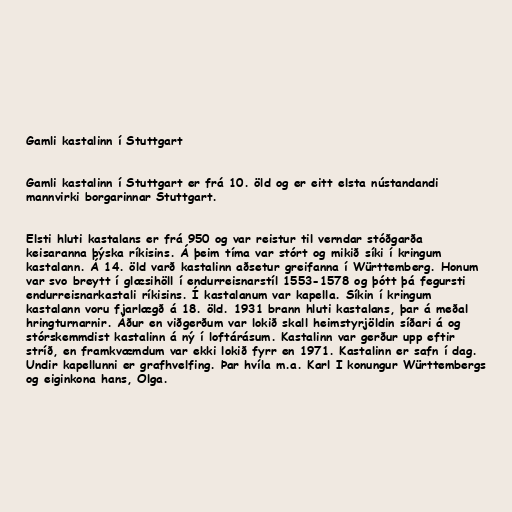
Gamli kastalinn í Stuttgart

Gamli kastalinn í Stuttgart er frá 10. öld og er eitt elsta nústandandi
mannvirki borgarinnar Stuttgart.

Elsti hluti kastalans er frá 950 og var reistur til verndar stóðgarða
keisaranna þýska ríkisins. Á þeim tíma var stórt og mikið síki í kringum
kastalann. Á 14. öld varð kastalinn aðsetur greifanna í Württemberg. Honum
var svo breytt í glæsihöll í endurreisnarstíl 1553-1578 og þótt þá fegursti
endurreisnarkastali ríkisins. Í kastalanum var kapella. Síkin í kringum
kastalann voru fjarlægð á 18. öld. 1931 brann hluti kastalans, þar á meðal
hringturnarnir. Áður en viðgerðum var lokið skall heimstyrjöldin síðari á og
stórskemmdist kastalinn á ný í loftárásum. Kastalinn var gerður upp eftir
stríð, en framkvæmdum var ekki lokið fyrr en 1971. Kastalinn er safn í dag.
Undir kapellunni er grafhvelfing. Þar hvíla m.a. Karl I konungur Württembergs
og eiginkona hans, Olga.